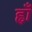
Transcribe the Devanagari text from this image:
ह्वाँ